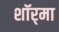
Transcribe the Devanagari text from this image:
शॉर्‌मा